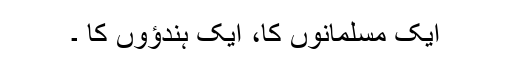
ایک مسلمانوں کا، ایک ہندؤوں کا ۔